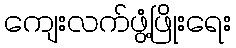
ကျေးလက်ဖွံ့ဖြိုးရေး